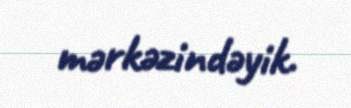
mərkəzindəyik.